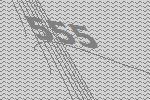
555